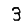
Digit: 3